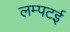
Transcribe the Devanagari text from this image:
लम्पटई